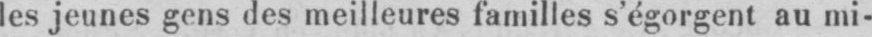
les jeunes gens des meilleures familles s’égorgent au mi-